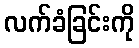
လက်ခံခြင်းကို